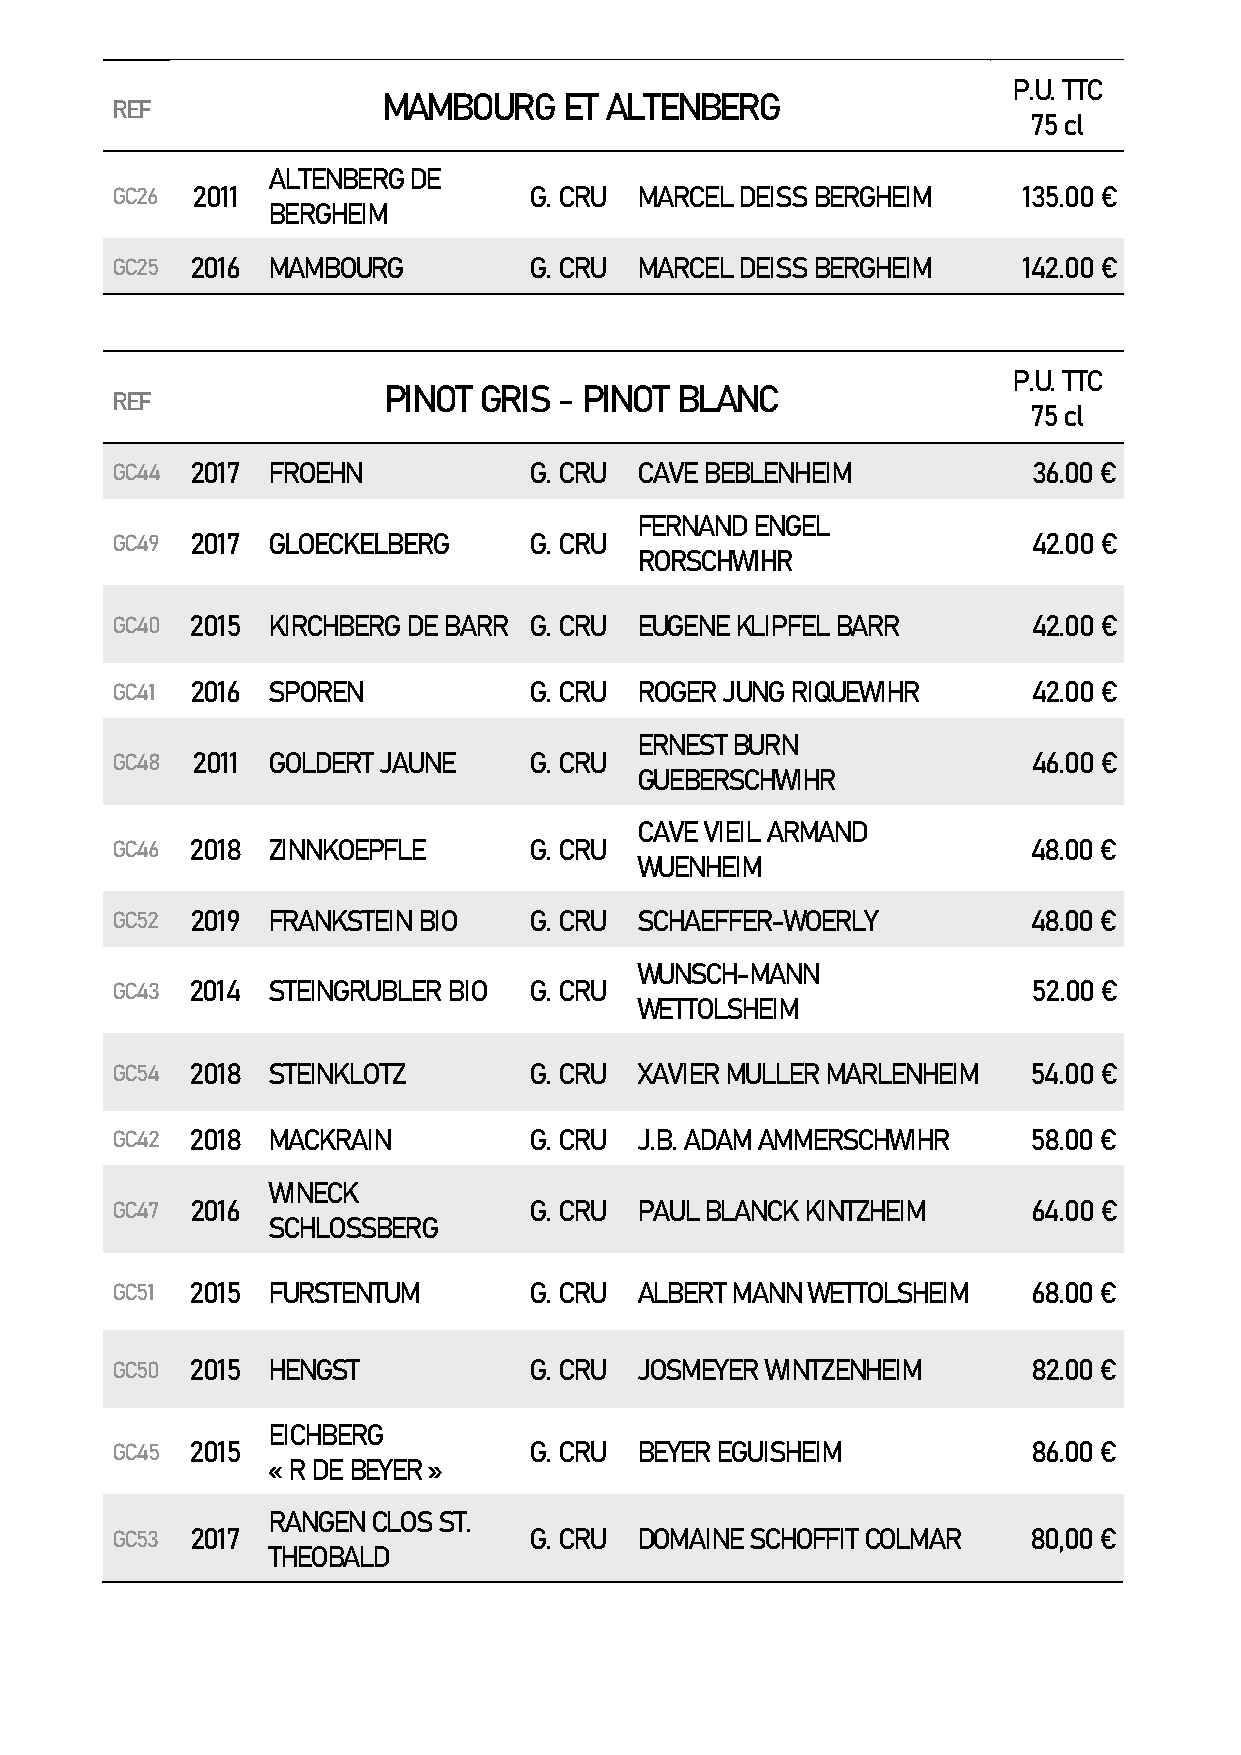
P.U. TTC
 MAMBOURG    ET ALTENBERG
 REF
 75 cl
 ALTENBERG DE
 GC26  2011                  G. CRU MARCEL DEISS BERGHEIM     135.00 €
 BERGHEIM
 GC25  2016 MAMBOURG         G. CRU MARCEL DEISS BERGHEIM     142.00 €
 P.U. TTC
 PINOT  GRIS - PINOT BLANC
 REF
 75 cl
 GC44  2017 FROEHN           G. CRU CAVE BEBLENHEIM           36.00 €
 FERNAND ENGEL
 GC49  2017 GLOECKELBERG     G. CRU                           42.00 €
 RORSCHWIHR
 GC40  2015 KIRCHBERG DE BARR G. CRU EUGENE KLIPFEL BARR      42.00 €
 GC41  2016 SPOREN           G. CRU ROGER JUNG RIQUEWIHR      42.00 €
 ERNEST BURN
 GC48  2011 GOLDERT JAUNE    G. CRU                           46.00 €
 GUEBERSCHWIHR
 CAVE VIEIL ARMAND
 GC46  2018 ZINNKOEPFLE      G. CRU                           48.00 €
 WUENHEIM
 GC52  2019 FRANKSTEIN BIO   G. CRU SCHAEFFER-WOERLY          48.00 €
 WUNSCH-MANN
 GC43  2014 STEINGRUBLER BIO G. CRU                           52.00 €
 WETTOLSHEIM
 GC54  2018 STEINKLOTZ       G. CRU XAVIER MULLER MARLENHEIM  54.00 €
 GC42  2018 MACKRAIN         G. CRU J.B. ADAM AMMERSCHWIHR    58.00 €
 WINECK
 GC47  2016                  G. CRU PAUL BLANCK KINTZHEIM     64.00 €
 SCHLOSSBERG
 GC51  2015 FURSTENTUM       G. CRU ALBERT MANN WETTOLSHEIM   68.00 €
 GC50  2015 HENGST           G. CRU JOSMEYER WINTZENHEIM      82.00 €
 EICHBERG
 GC45  2015                  G. CRU BEYER EGUISHEIM           86.00 €
 « R DE BEYER »
 RANGEN CLOS ST.
 GC53  2017                  G. CRU DOMAINE SCHOFFIT COLMAR   80,00 €
 THEOBALD